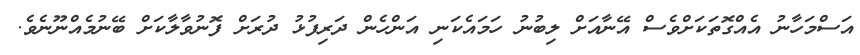
އަސްމަހާނު އެއްގޮތަކަށްވެސް އޭނާއަށް ލިބުނު ހަމައެކަނި އަންހެން ދަރިފުޅު ދުރަށް ފޮނުވާލާކަށް ބޭނުމެއްނޫނެވެ.